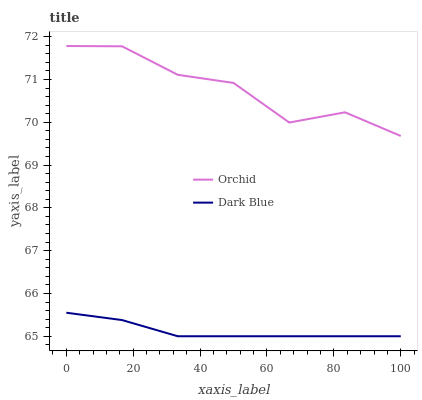
| xaxis_label | Orchid | Dark Blue |
 | --- | --- | --- |
 | 0 | 71.8 | 65.5 |
 | 16.7 | 71.8 | 65.4 |
 | 33.3 | 71.1 | 65 |
 | 50 | 70.9 | 65 |
 | 66.7 | 70 | 65 |
 | 83.3 | 70.2 | 65 |
 | 100 | 69.7 | 65 |